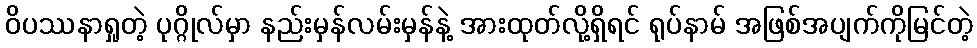
ဝိပဿနာရှုတဲ့ ပုဂ္ဂိုလ်မှာ နည်းမှန်လမ်းမှန်နဲ့ အားထုတ်လို့ရှိရင် ရုပ်နာမ် အဖြစ်အပျက်ကိုမြင်တဲ့